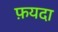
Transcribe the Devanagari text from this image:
फ़यदा